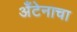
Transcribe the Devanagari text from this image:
अँटेनाचा